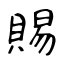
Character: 賜